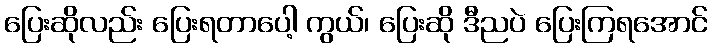
ပြေးဆိုလည်း ပြေးရတာပေါ့ ကွယ်၊ ပြေးဆို ဒီညပဲ ပြေးကြရအောင်